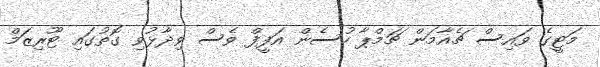
މަޓީގެ ވައިސް ޗެއާމަން ޗަމްޕާ ހުސެން އަފީފް ވެސް ވިދާޅުވި ގޮތުގައި ޓޫރިޒަމް